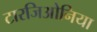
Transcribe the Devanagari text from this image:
टारजिओनिया